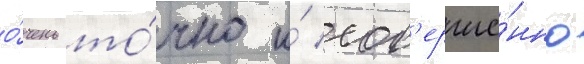
о́чень то́чно и́ сов'ерше́нно